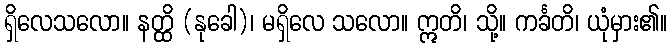
ရှိလေသလော။ နတ္ထိ (နုခေါ)၊ မရှိလေ သလော။ ဣတိ၊ သို့။ ကင်္ခတိ၊ ယုံမှား၏။